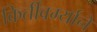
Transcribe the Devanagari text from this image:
किर्तीवर्म्याने